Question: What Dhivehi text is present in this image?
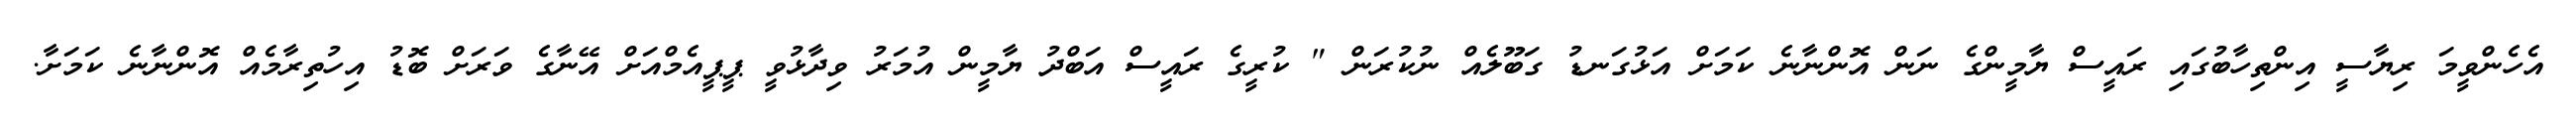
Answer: އެހެންވީމަ ރިޔާސީ އިންތިހާބުގައި ރައީސް ޔާމީންގެ ނަން އޮންނާނެ ކަމަށް އަޅުގަނޑު ގަބޫލެއް ނުކުރަން " ކުރީގެ ރައީސް އަބްދު ޔާމީން އުމަރު ވިދާޅުވީ ޕީޕީއެމްއަށް އޭނާގެ ވަރަށް ބޮޑު އިހުތިރާމެއް އޮންނާނެ ކަމަށާ.